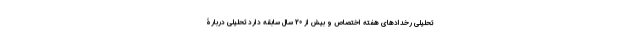
تحلیلی رخدادهای هفته اختصاص و بیش از 20 سال سابقه دارد تحلیلی دربارۀ